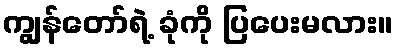
ကျွန်တော်ရဲ့ ခုံကို ပြပေးမလား။